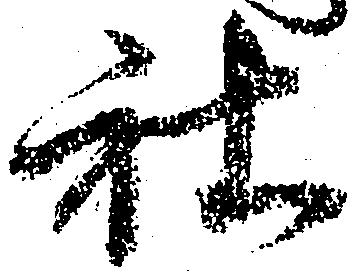
社